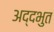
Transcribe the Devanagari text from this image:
अद्दभुत